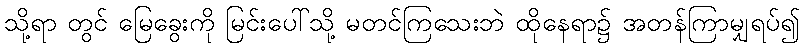
သို့ရာ တွင် မြေခွေးကို မြင်းပေါ်သို့ မတင်ကြသေးဘဲ ထိုနေရာ၌ အတန်ကြာမျှရပ်၍